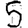
Digit: 5